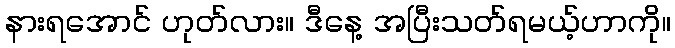
နားရအောင် ဟုတ်လား။ ဒီနေ့ အပြီးသတ်ရမယ့်ဟာကို။